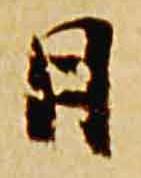
日